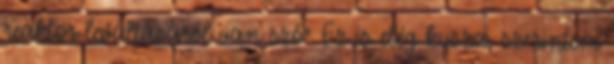
reaktor leváltásáról van szó" Ez is elég kusza, szerintem